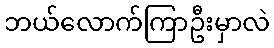
ဘယ်လောက်ကြာဦးမှာလဲ